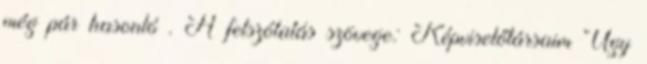
még pár hasonló . A felszólalás szövege: Képviselőtársaim Úgy